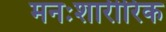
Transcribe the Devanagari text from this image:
मनःशारीरिक